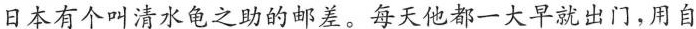
日本有个叫清水龟之助的邮差。每天他都一大早就出门，用自